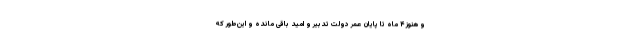
و هنوز ۴ ماه تا پایان عمر دولت تدبیر و امید باقی مانده و این‌طور که